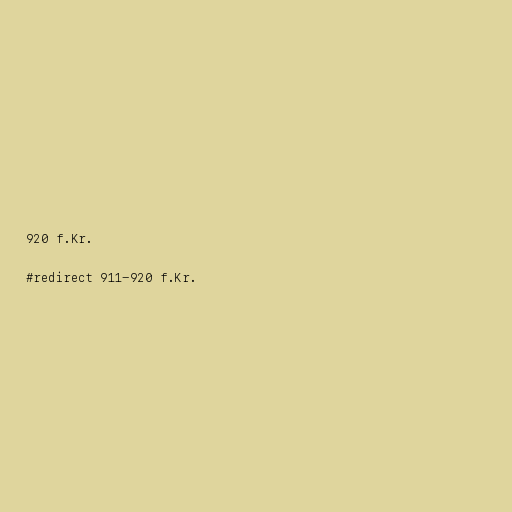
920 f.Kr.

#redirect 911-920 f.Kr.